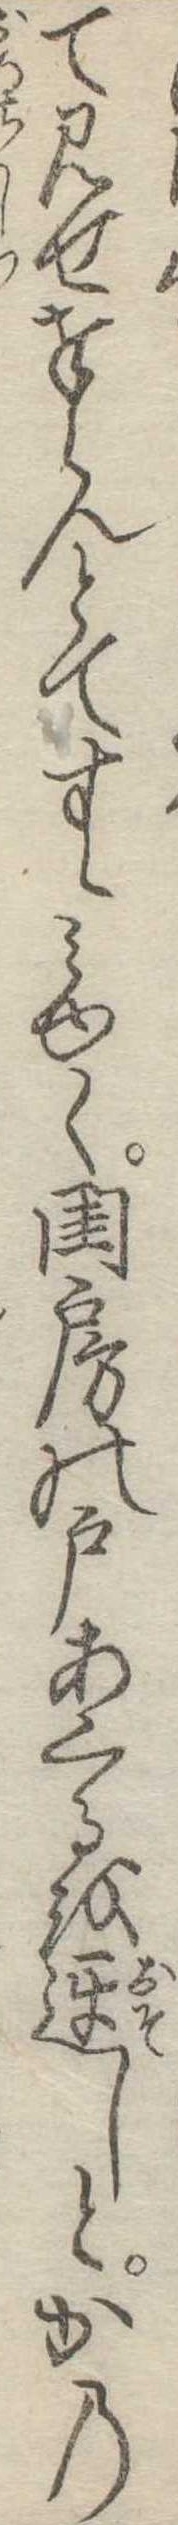
て見せ奉らんとてすゝみゆく閨房の戸あくるを遅しとかの